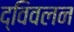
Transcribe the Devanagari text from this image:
द्विवलन